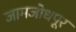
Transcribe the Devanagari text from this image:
जामजोधपूर